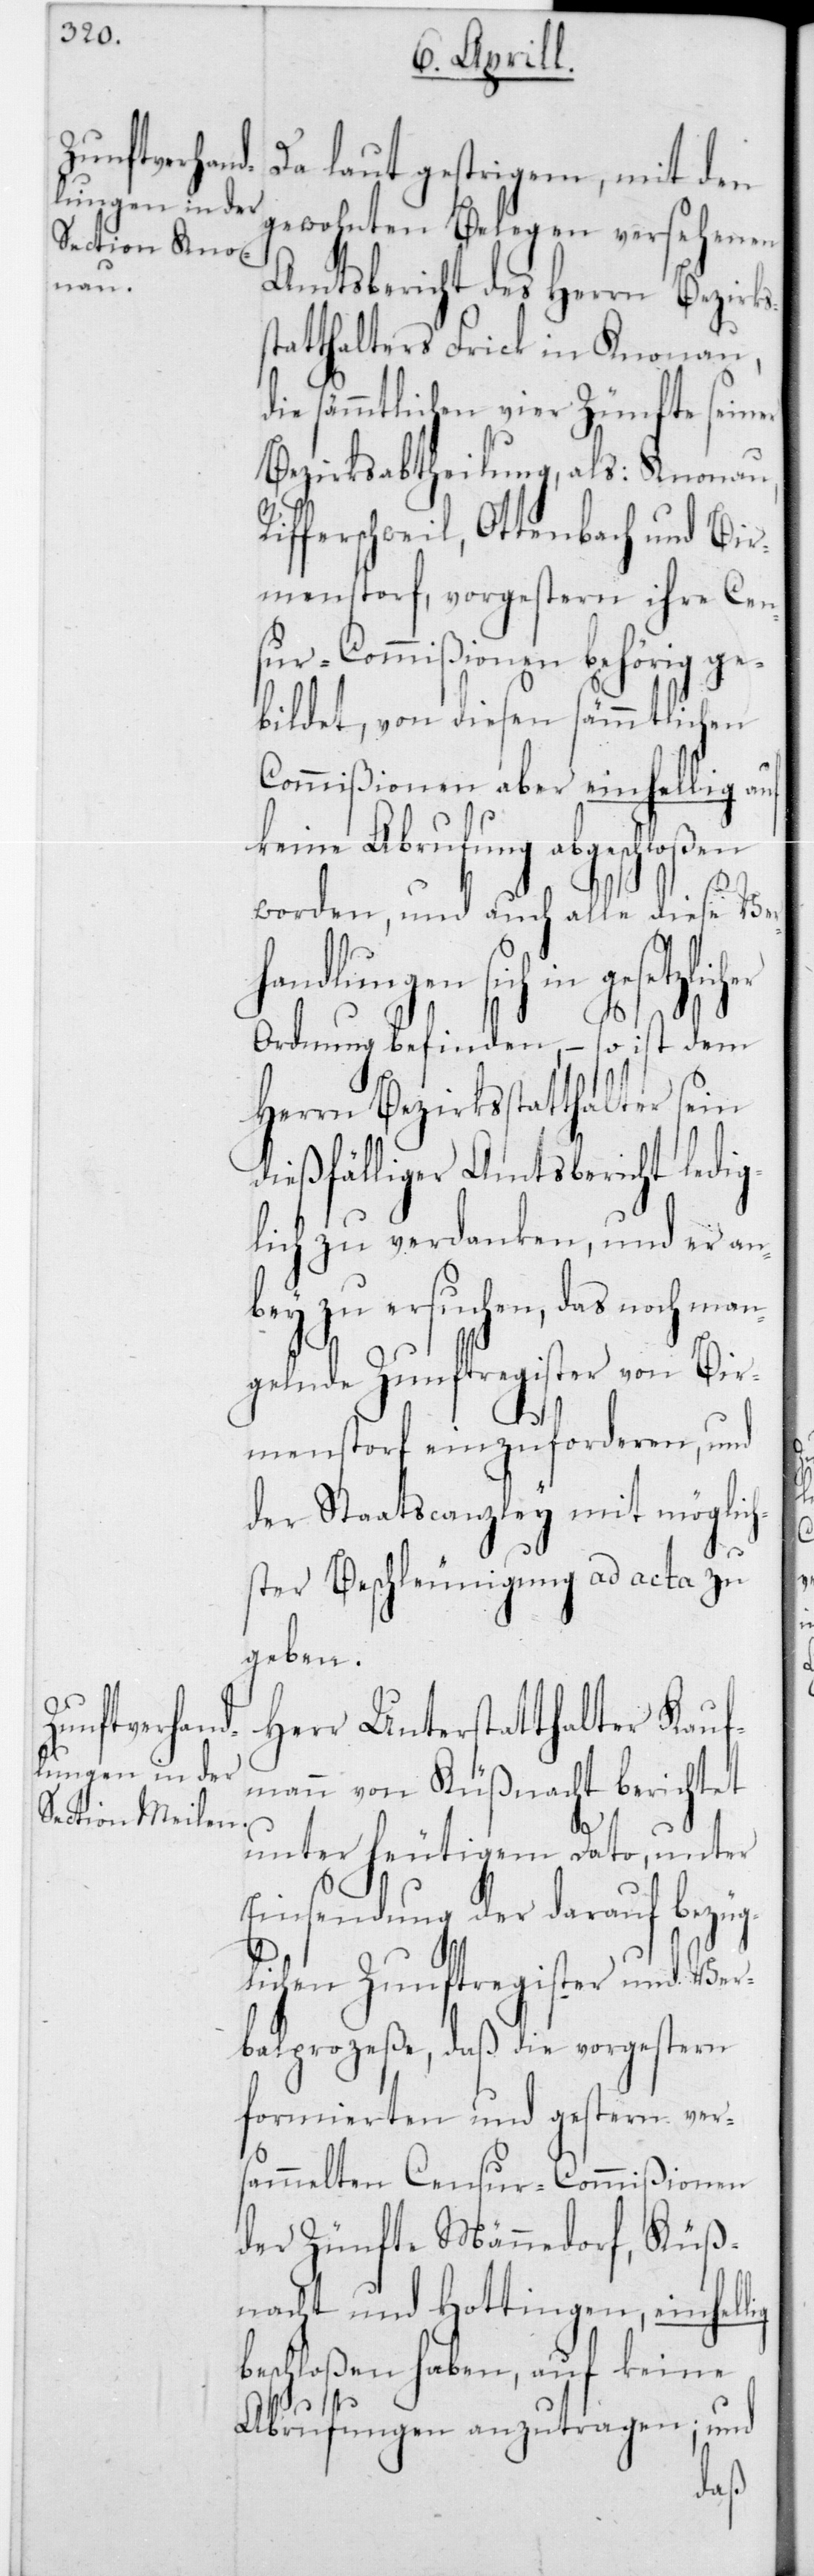
Da laut gestrigem, mit den
gewohnten Belegen versehenen
Amtsbericht des Herrn Bezirks¬
tatthalters Frick in Knonau,
die sämmtlichen vier Zünfte seiner
Bezirksabtheilung, als: Knonau,
fferschweil, Ottenbach und Bir¬
mensdorf, vorgestern ihre Cen¬
sur-Commißionen behörig ge¬
bildet, von diesen sämmtlichen
Commißionen aber einhellig auf
keine Abrufung abgeschloßen
worden, und auch alle diese Ver¬
handlungen sich in
Ordnung befinden, – so ist dem
Herrn Bezirksstatthalter sein
dießfälliger Amtsbericht ledig¬
lich zu verdanken, und er an¬
bey zu ersuchen, das noch man¬
gelnde Zunftregister von Bir¬
mensdorf einzuforderen, und
der Staatscanzley mit möglich¬
ster Beschleunigung ad acta zu
geben.
Herr Unterstatthalter Kauf¬
mann von Küßnacht berichtet
unter heutigem Dato, unter
Einsendung der darauf bezüg¬
lichen Zunftregister und Ver¬
balprozeße, daß die vorgestern
formierten und gestern ver¬
sammelten Censur-Commißionen
der Zünfte Männedorf, Küß¬
nacht und Hottingen, einhellig
beschloßen haben, auf keine
Abrufungen anzutragen; und
Ri¬